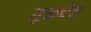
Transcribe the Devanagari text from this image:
गुरूचेंच